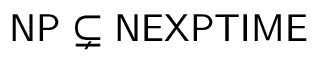
\mathsf { N P \subsetneq N E X P T I M E }